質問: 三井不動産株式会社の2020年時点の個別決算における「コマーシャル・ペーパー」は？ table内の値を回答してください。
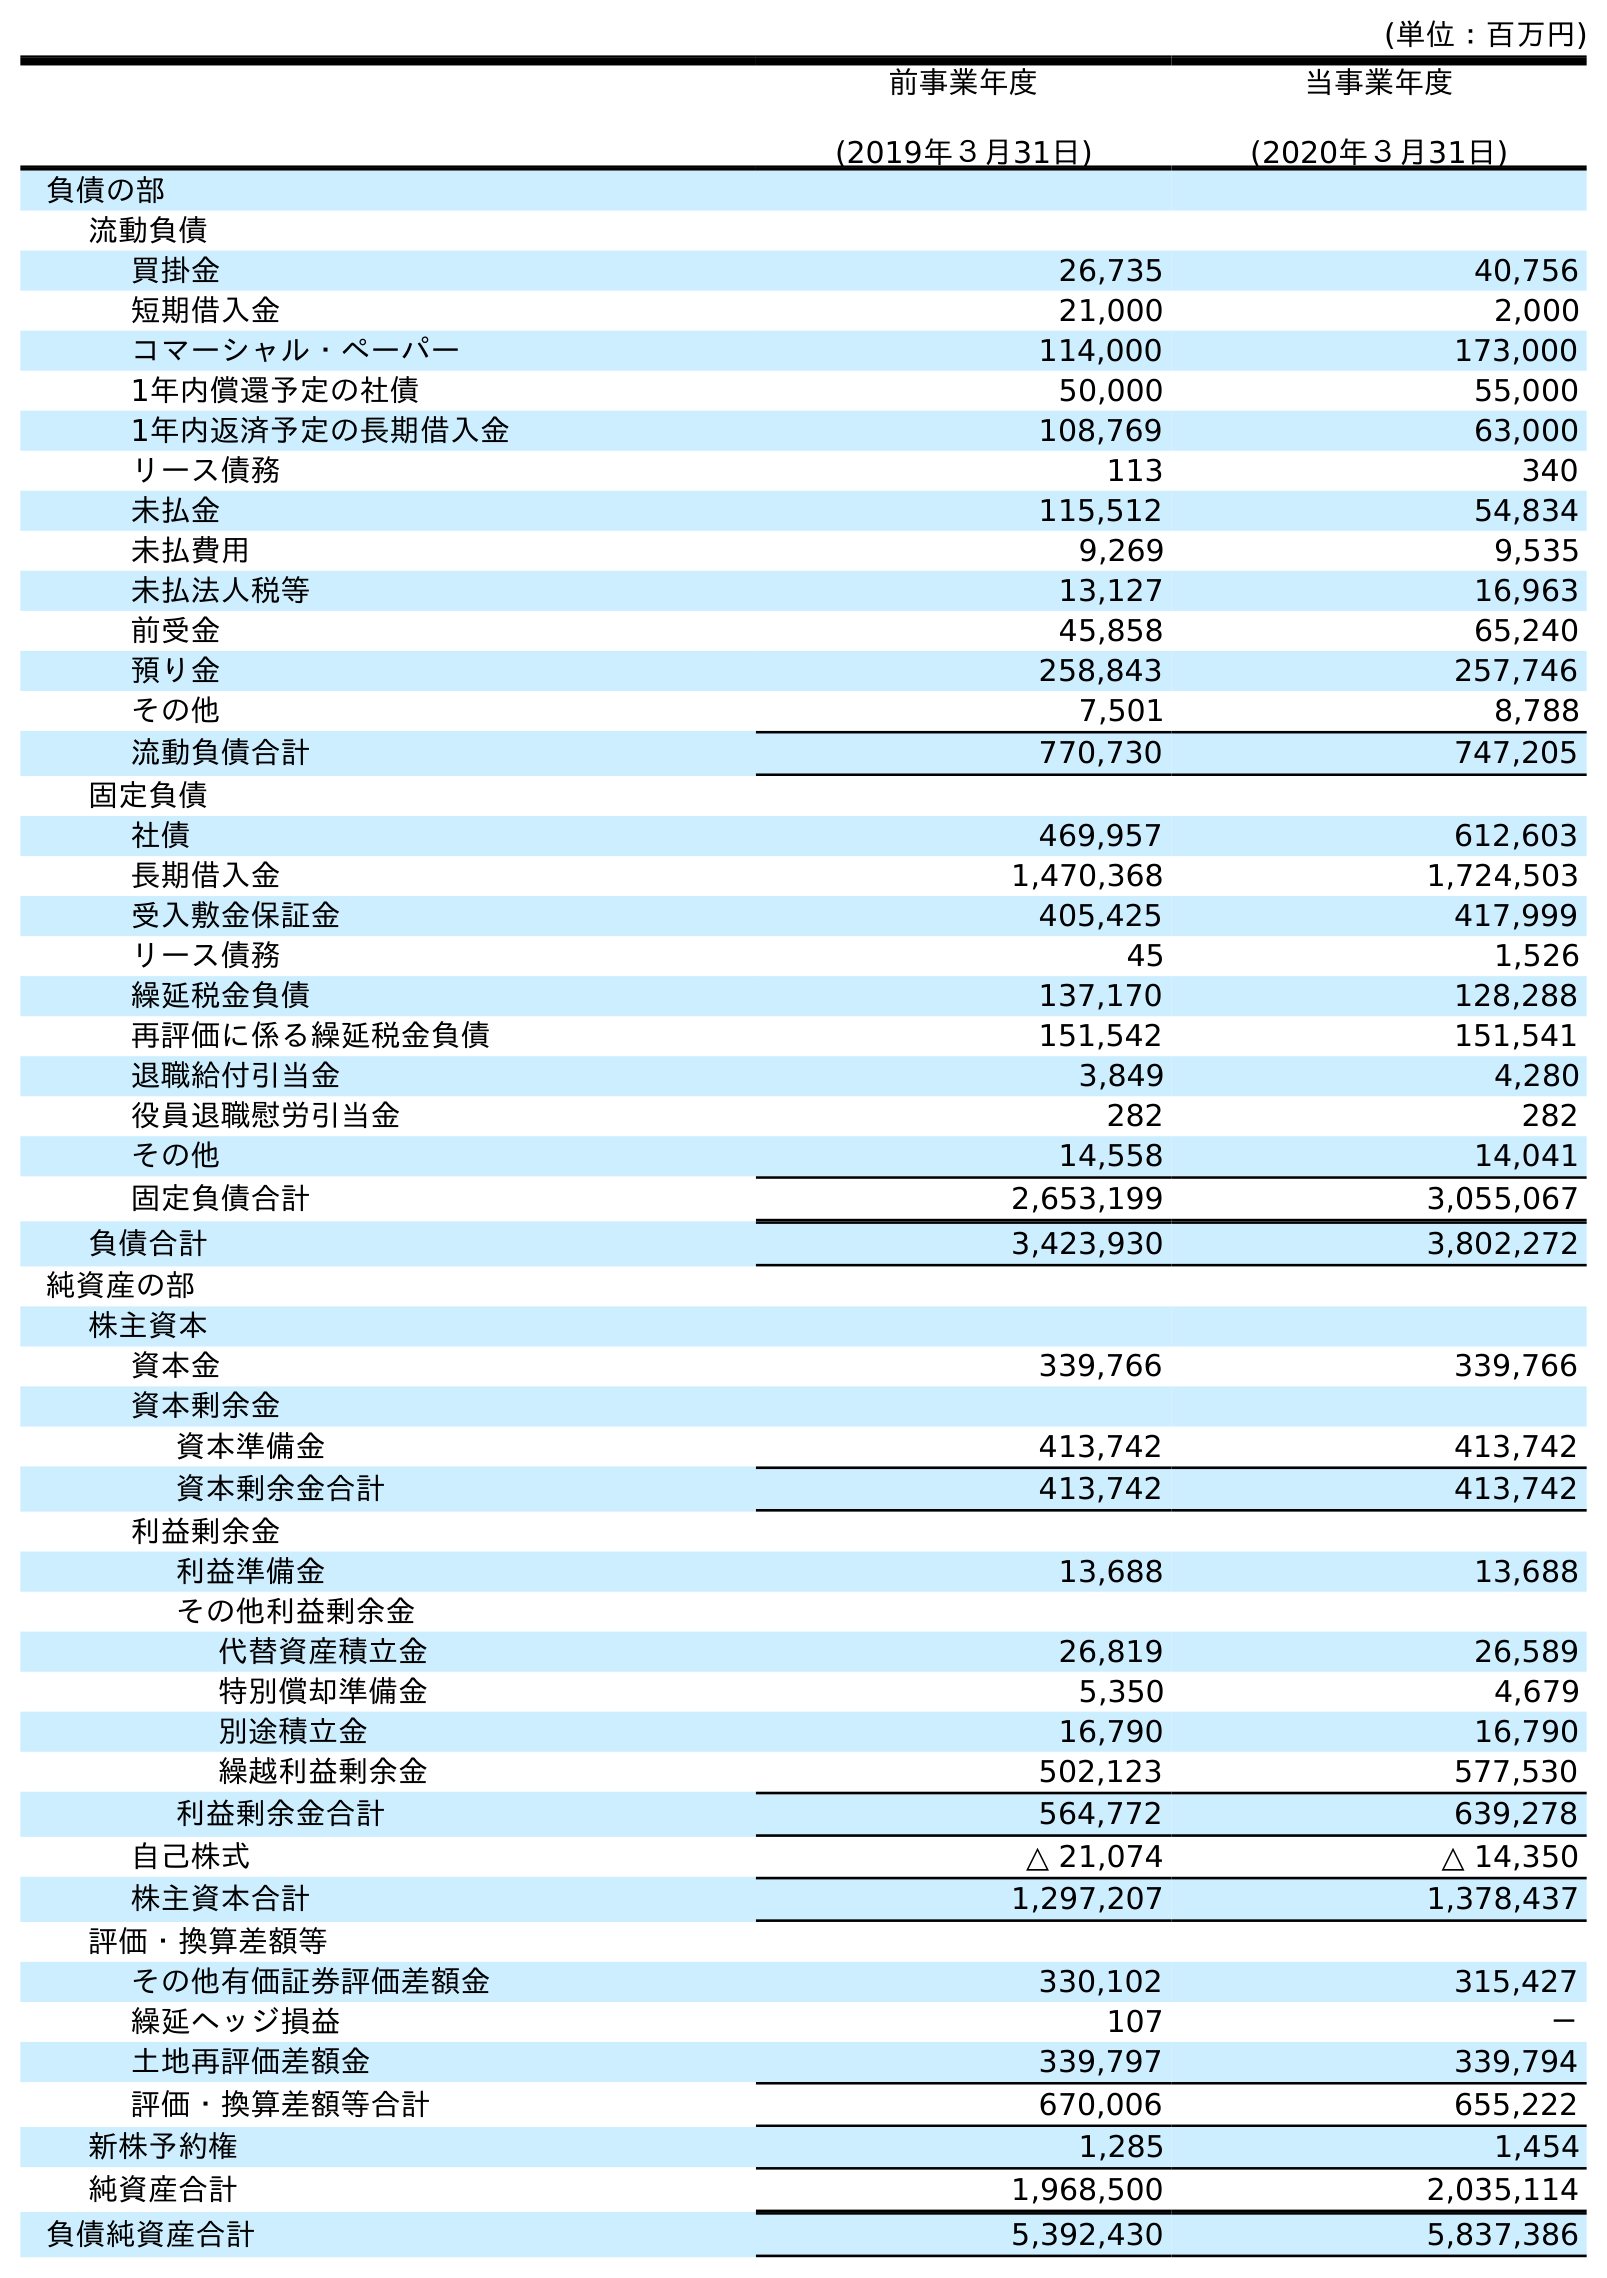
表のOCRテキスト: (単位：百万円) 前事業年度 (2019年３月31日) 当事業年度 (2020年３月31日) 負債の部 流動負債 買掛金 26,735 40,756 短期借入金 21,000 2,000 コマーシャル・ペーパー 114,000 173,000 1年内償還予定の社債 50,000 55,000 1年内返済予定の長期借入金 108,769 63,000 リース債務 113 340 未払金 115,512 54,834 未払費用 9,269 9,535 未払法人税等 13,127 16,963 前受金 45,858 65,240 預り金 258,843 257,746 その他 7,501 8,788 流動負債合計 770,730 747,205 固定負債 社債 469,957 612,603 長期借入金 1,470,368 1,724,503 受入敷金保証金 405,425 417,999 リース債務 45 1,526 繰延税金負債 137,170 128,288 再評価に係る繰延税金負債 151,542 151,541 退職給付引当金 3,849 4,280 役員退職慰労引当金 282 282 その他 14,558 14,041 固定負債合計 2,653,199 3,055,067 負債合計 3,423,930 3,802,272 純資産の部 株主資本 資本金 339,766 339,766 資本剰余金 資本準備金 413,742 413,742 資本剰余金合計 413,742 413,742 利益剰余金 利益準備金 13,688 13,688 その他利益剰余金 代替資産積立金 26,819 26,589 特別償却準備金 5,350 4,679 別途積立金 16,790 16,790 繰越利益剰余金 502,123 577,530 利益剰余金合計 564,772 639,278 自己株式 △ 21,074 △ 14,350 株主資本合計 1,297,207 1,378,437 評価・換算差額等 その他有価証券評価差額金 330,102 315,427 繰延ヘッジ損益 107 － 土地再評価差額金 339,797 339,794 評価・換算差額等合計 670,006 655,222 新株予約権 1,285 1,454 純資産合計 1,968,500 2,035,114 負債純資産合計 5,392,430 5,837,386
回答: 173,000